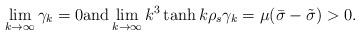
LaTeX: \begin{align*} \lim_{k\to\infty}\gamma_k=0 \mbox{and} \lim_{k\to\infty} k^3 \tanh k\rho_s \gamma_k =\mu(\bar\sigma-\tilde\sigma)>0.\end{align*}